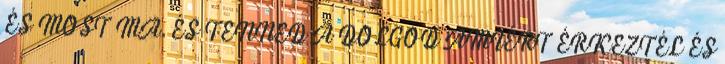
ÉS MOST MA.ÉS TENNED A DOLGOD AMIÉRT ÉRKEZTÉL ÉS